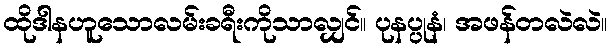
ထိုဒါနဟူသောလမ်းခရီးကိုသာလျှင်။ ပုနပ္ပုနံ၊ အဖန်တလဲလဲ။